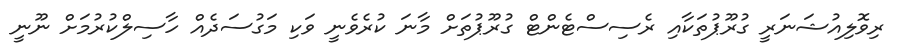
ރިވޮލިއުޝަނަރީ ގުރޫޕުތަކާއި ރެސިސްޓެންޓް ގުރޫޕުތަށް މާނަ ކުރެވެނީ ވަކި މަގުސަދެއް ހާސިލްކުރުމަށް ނޫނީ